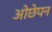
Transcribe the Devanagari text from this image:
ओछेपन